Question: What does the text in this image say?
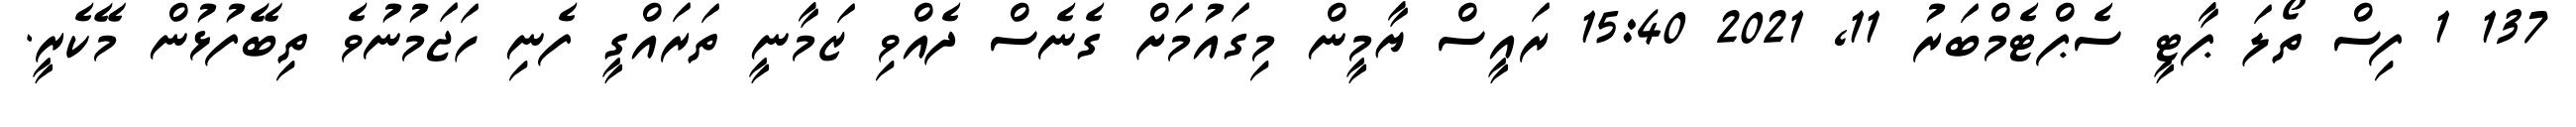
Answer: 137 1 ފިސް ތޯލަ ޕާޓީ ސެޕްޓެމްބަރު 11, 2021 15:40 ރައީސް ޔާމީން މިގައުމަށް ގެނެސް ދެއްވި ޒަމާނީ ތަރައްގީ ފެނި ހަޖަމުނުވެ ތިބޭފުޅުން މޭކެރީ.